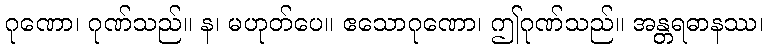
ဂုဏော၊ ဂုဏ်သည်။ န၊ မဟုတ်ပေ။ ဧသောဂုဏော၊ ဤဂုဏ်သည်။ အန္တရဓာနဿ၊